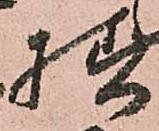
様